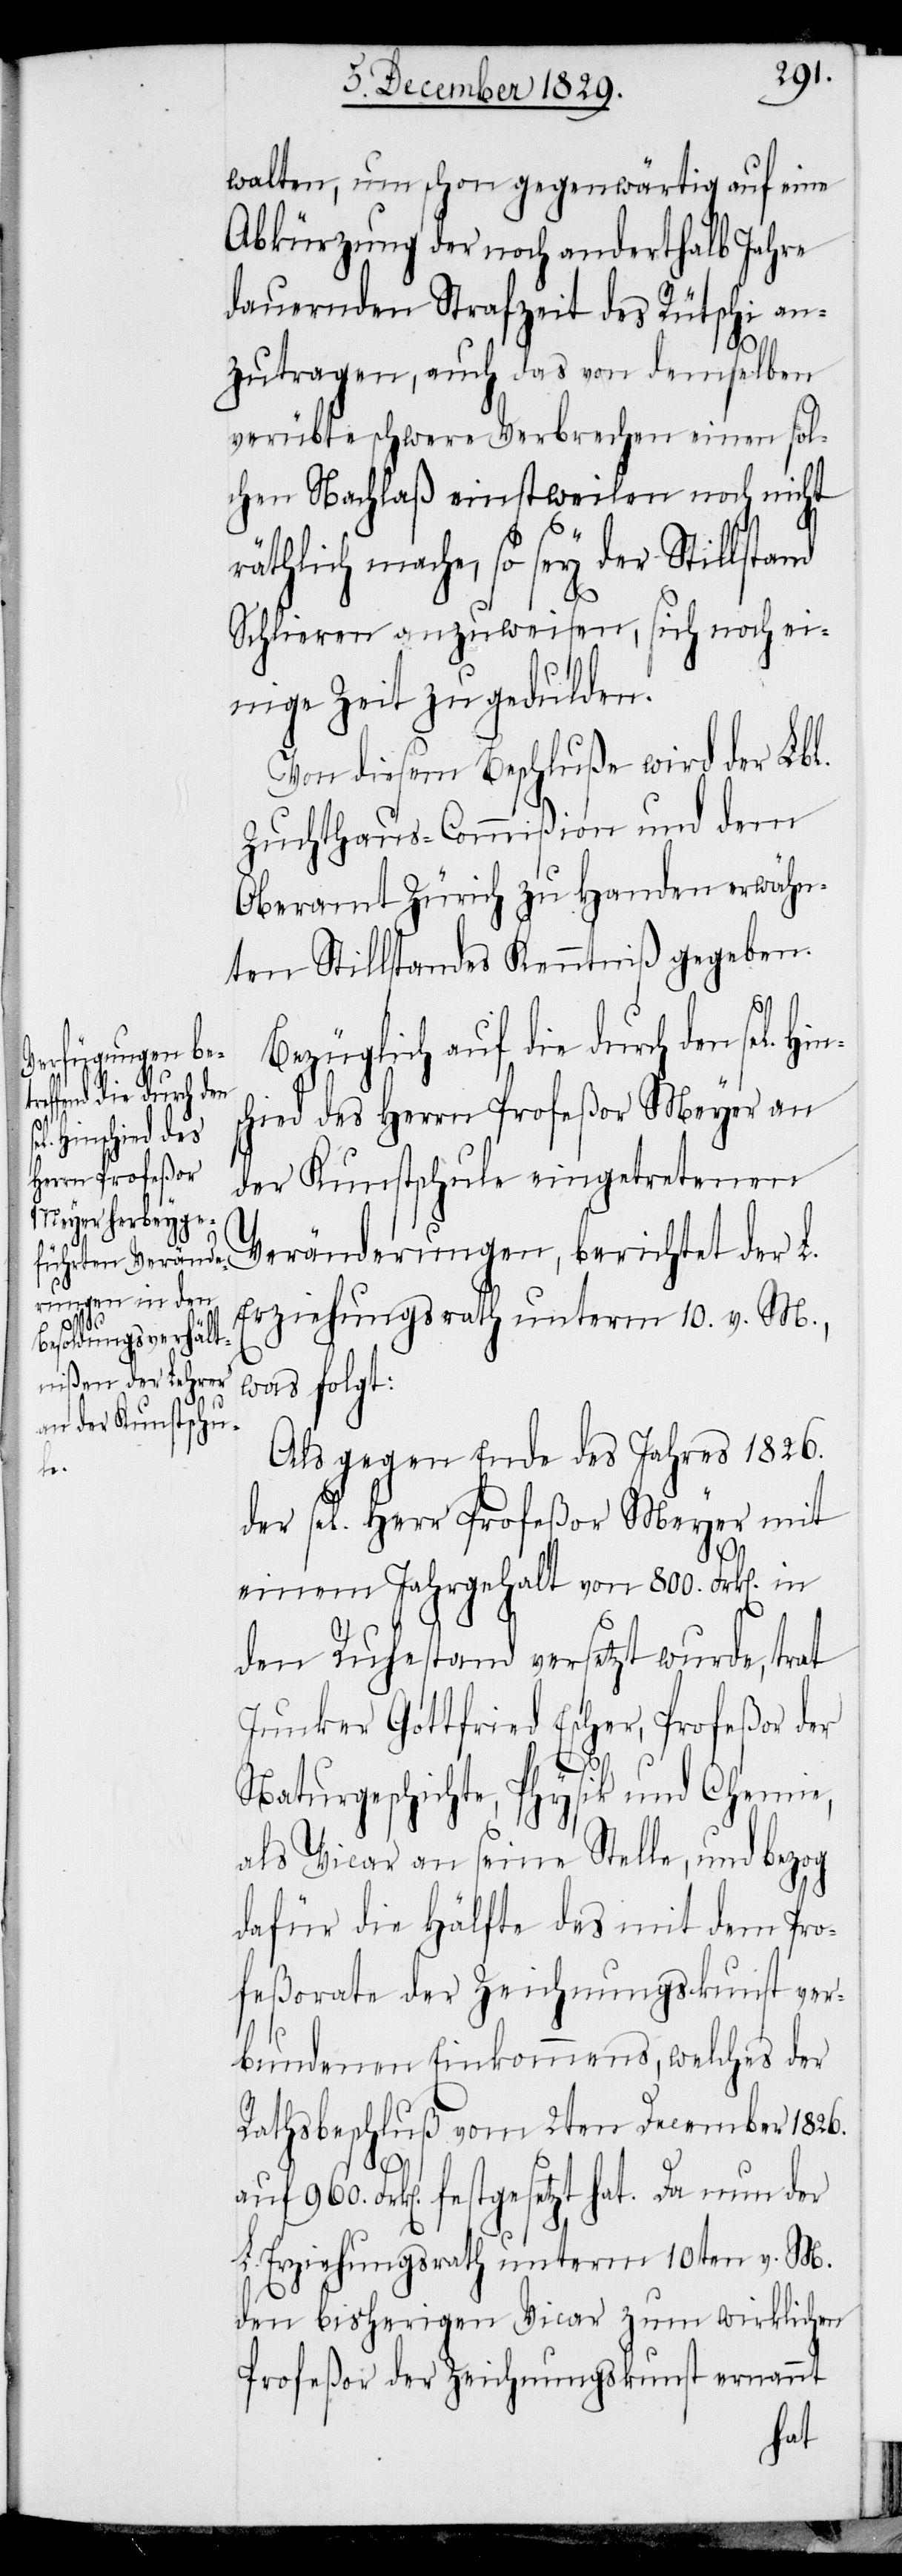
walten, um schon gegenwärtig auf eine
Abkürzung der noch anderthalb Jahre
dauernden Strafzeit des Rütschi an¬
zutragen, auch das von demselben
verübte schwere Verbrechen einen sol¬
chen Nachlaß einstweilen noch nicht
räthlich mache, so sey der Stillst¬
Schlieren anzuweisen, sich noch ei¬
nige Zeit zu gedulden.
Von diesem Beschluße wird der Lbl.
Zuchthaus-Commißion und dem
Oberamt Zürich zu Handen erwähn¬
ten Stillstandes Kenntniß gegeben.
Bezüglich auf die durch den sel. Hi¬
hied des Herrn Profeßor Meyer an
der Kunstschule eingetretenen
Veränderungen, berichtet der L.
Erziehungsrath unterm 10. v. M.,
was folgt:
Als gegen Ende des Jahres 1826.
der sel. Herr Profeßor Meyer mit
einem Jahrgehalt von 800. Frk[en]. in
den Ruhestand versetzt wurde, trat
Junker Gottfried Escher, Profeßor der
nsc¬
Naturgeschichte, Physik und Chemie,
als Vicar an seine Stelle, und bezog
dafür die Hälfte des mit dem Pro¬
feßorate der Zeichnungskunst ver¬
bundenen Einkommens, welches der
Rathsbeschluß vom 2ten December 1826.
auf 960. Frk[en]. festgesetzt hat. Da nun der
L. Erziehungsrath unterm 10ten v. M.
den bisherigen Vicar zum wirklichen
Profeßor der Zeichnungskunst ernannt